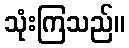
သုံးကြသည်။